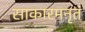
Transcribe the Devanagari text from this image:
साकारमनृतं